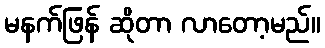
မနက်ဖြန် ဆိုတာ လာတော့မည်။